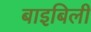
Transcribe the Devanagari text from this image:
बाइबिली